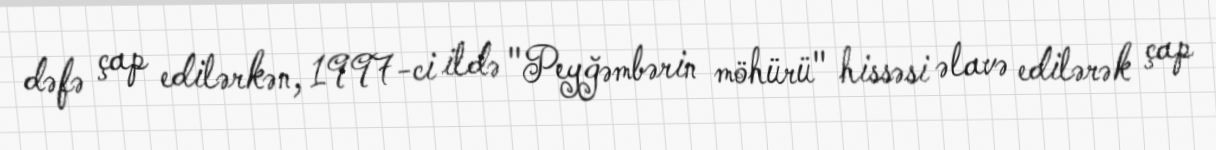
dəfə çap edilərkən, 1997-ci ildə "Peyğəmbərin möhürü" hissəsi əlavə edilərək çap